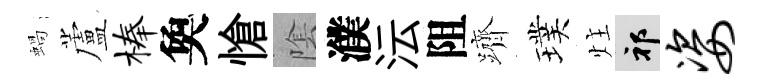
蝸蘆榛奐愴隂濮沄阻躋璞炷祁姿